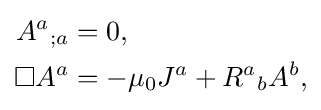
{\begin{aligned}{A^{a}}_{;a}&=0,\\\Box A^{a}&=-\mu _{0}J^{a}+{R^{a}}_{b}A^{b},\end{aligned}}